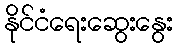
နိုင်ငံရေးဆွေးနွေး